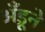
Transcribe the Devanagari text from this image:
अँड्रूने